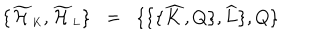
\{ \widetilde { \cal H } _ { \scriptscriptstyle K } , \widetilde { \cal H } _ { \scriptscriptstyle L } \} \; \; = \; \; \{ \{ \{ \widehat { K } , Q \} , \widehat { L } \} , Q \}